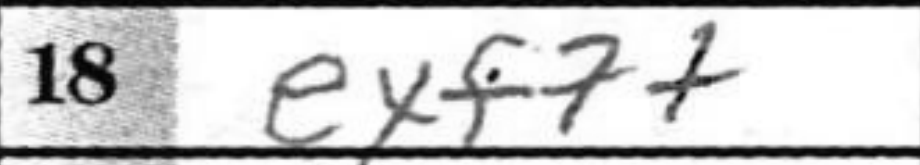
Transcription: exf7+